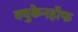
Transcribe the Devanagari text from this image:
क्युकेनहॉफ